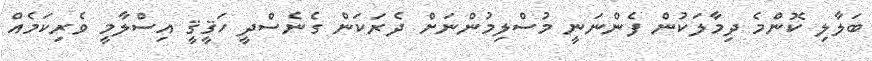
ބަލާލި ކޮންމެ ދިމާލަކުން ފެންނަނީ މުސްލިމުންނަށް ދެރަކަން ގެނެސްދީ ހަޤީޤީ އިސްލާމީ ވެރިކަމެއް